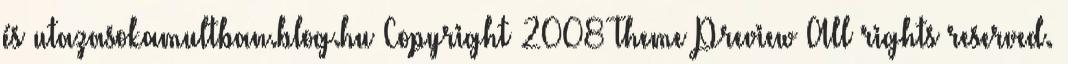
és utazasokamultban.blog.hu Copyright 2008 Theme Preview All rights reserved.